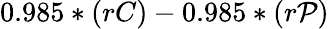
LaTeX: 0.985*(rC)-0.985*(r\mathcal{P})